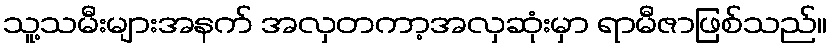
သူ့သမီးများအနက် အလှတကာ့အလှဆုံးမှာ ရာမီဇာဖြစ်သည်။